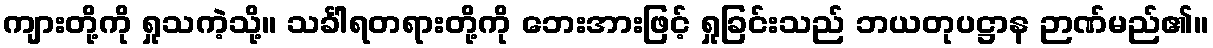
ကျားတို့ကို ရှုသကဲ့သို့။ သင်္ခါရတရားတို့ကို ဘေးအားဖြင့် ရှုခြင်းသည် ဘယတုပဋ္ဌာန ဉာဏ်မည်၏။